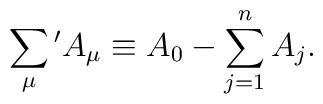
\sum_{\mu}{}'A_{\mu} \equiv A_0-\sum_{j=1}^n A_j.